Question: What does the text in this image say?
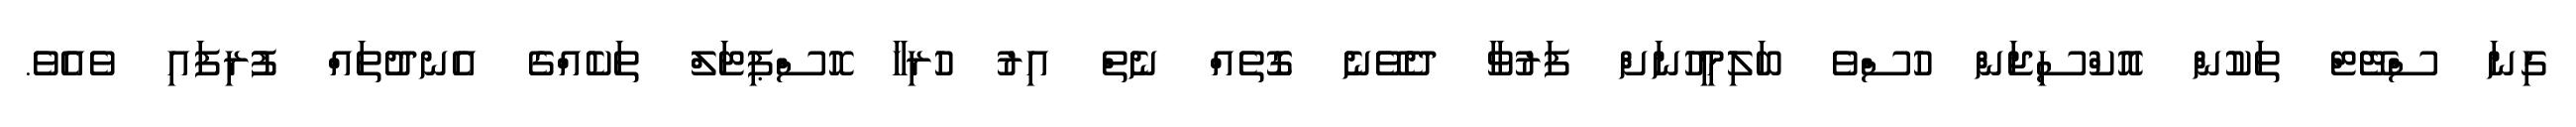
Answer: ގިނަ ސްޓޭޓް ތަކުން އޮކްސިޖަން ހުސްވެ ބަލިމީހުނަށް ފަރުވާ ދެވޭނެ ގޮތެއް ނެތް އިރު ހުރިހާ ހޮސްޕިޓަލް ތަކެއްގެ އެނދުތައް ފުރިފައި ވެއެވެ.